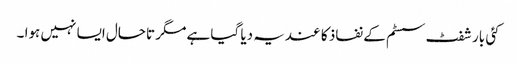
کئی بار شفٹ سسٹم کے نفاذ کا عندیہ دیا گیا ہے مگر تاحال ایسا نہیں ہوا ۔